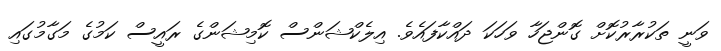
ވަނީ ތަކުރާރުކޮށް ގޮންޖަހާ ވަހަކަ ދައްކާފައެވެ. އިލެކްޝަންސް ކޮމިޝަންގެ ރައީސް ކަމުގެ މަގާމުގައި